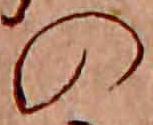
の